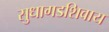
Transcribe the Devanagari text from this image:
सुधागडशिवाय